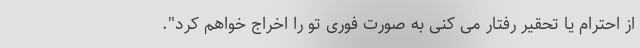
از احترام یا تحقیر رفتار می کنی به صورت فوری تو را اخراج خواهم کرد".